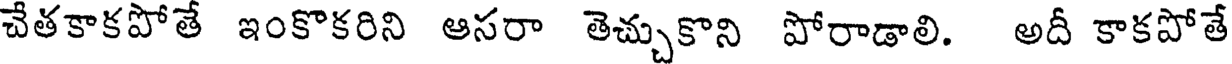
చేతకాకపోతే ఇంకొకరిని ఆసరా తెచ్చుకొని పోరాడాలి. అదీ కాకపోతే